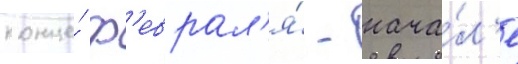
конце́ ф'еврал'я́ - нача́л'е